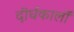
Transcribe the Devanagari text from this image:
दीर्घकालों